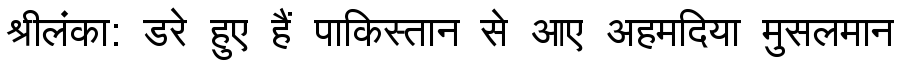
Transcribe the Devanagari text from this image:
श्रीलंका: डरे हुए हैं पाकिस्तान से आए अहमदिया मुसलमान